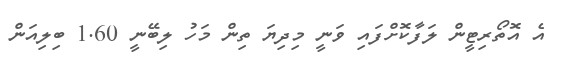
އެ އޮތޯރިޓީން ލަފާކޮށްފައި ވަނީ މިދިޔަ ތިން މަހު ލިބޭނީ 1.60 ބިލިއަން